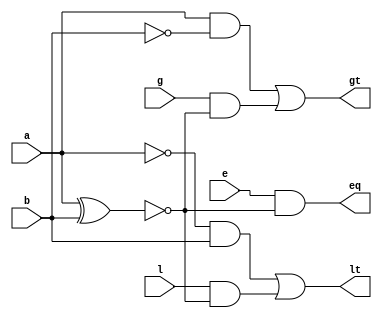
`timescale 1ns / 1ps
//////////////////////////////////////////////////////////////////////////////////
// Company: 
// Engineer: 
// 
// Design Name: 
// Module Name:    one_bit_comp 
// Project Name: 
// Target Devices: 
// Tool versions: 
// Description: 
//
// Dependencies: 
//
// Revision: 
// Revision 0.01 - File Created
// Additional Comments: 
//
//////////////////////////////////////////////////////////////////////////////////
module one_bit_comp(
    input a,
    input b,
    input g,
    input e,
    input l,
    output gt,
    output eq,
    output lt
    );
	 wire an,bn,axnb,abn,anb,geq,leq;
	 not  n1(an,a),
	      n2(bn,b);
	 xnor xn1(axnb,a,b);
	 and  a1(abn,a,bn),
	      a2(anb,an,b),
			a3(geq,g,axnb),
			a4(leq,l,axnb),
			a5(eq,e,axnb);
	 or   o1(gt,abn,geq),
	      o2(lt,anb,leq);
endmodule